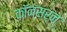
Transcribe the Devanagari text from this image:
कॉनसर्न